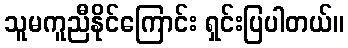
သူမကူညီနိုင်ကြောင်း ရှင်းပြပါတယ်။